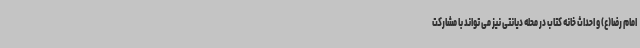
امام رضا(ع) و احداث خانه کتاب در محله دیانتی نیز می تواند با مشارکت